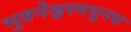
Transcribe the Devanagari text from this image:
भुवनेश्वरमधूनच